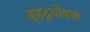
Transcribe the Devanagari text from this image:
बृहद्पोषक